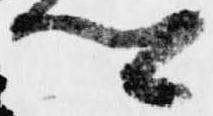
卿